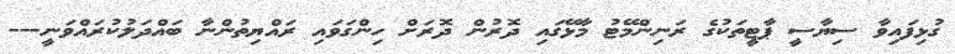
ގުޅިފައިވާ ސިޔާސީ ޕާޓީތަކުގެ ރަނިންމޭޓު މާޅޭގައި ދޮރުން ދޮރަށް ހިންގަވައި ރައްޔިތުންނާ ބައްދަލުކުރައްވަނީ---